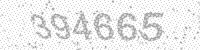
Solution: 394665